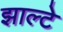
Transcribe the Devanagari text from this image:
झाल्टे